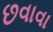
છવાવા